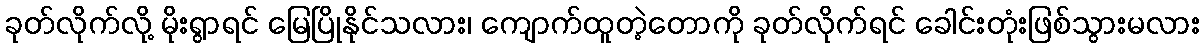
ခုတ်လိုက်လို့ မိုးရွာရင် မြေပြိုနိုင်သလား၊ ကျောက်ထူတဲ့တောကို ခုတ်လိုက်ရင် ခေါင်းတုံးဖြစ်သွားမလား